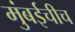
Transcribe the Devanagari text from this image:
मुंबईचीच